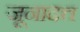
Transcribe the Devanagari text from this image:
जूनादत्त